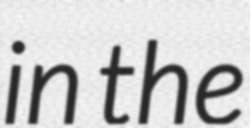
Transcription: in the